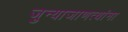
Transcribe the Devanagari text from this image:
जुन्याजाणत्यांना